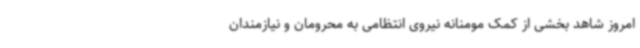
امروز شاهد بخشی از کمک مومنانه نیروی انتظامی به محرومان و نیازمندان